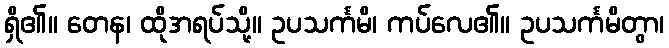
ရှိ၏။ တေန၊ ထိုအရပ်သို့။ ဥပသင်္ကမိ၊ ကပ်လေ၏။ ဥပသင်္ကမိတွာ၊